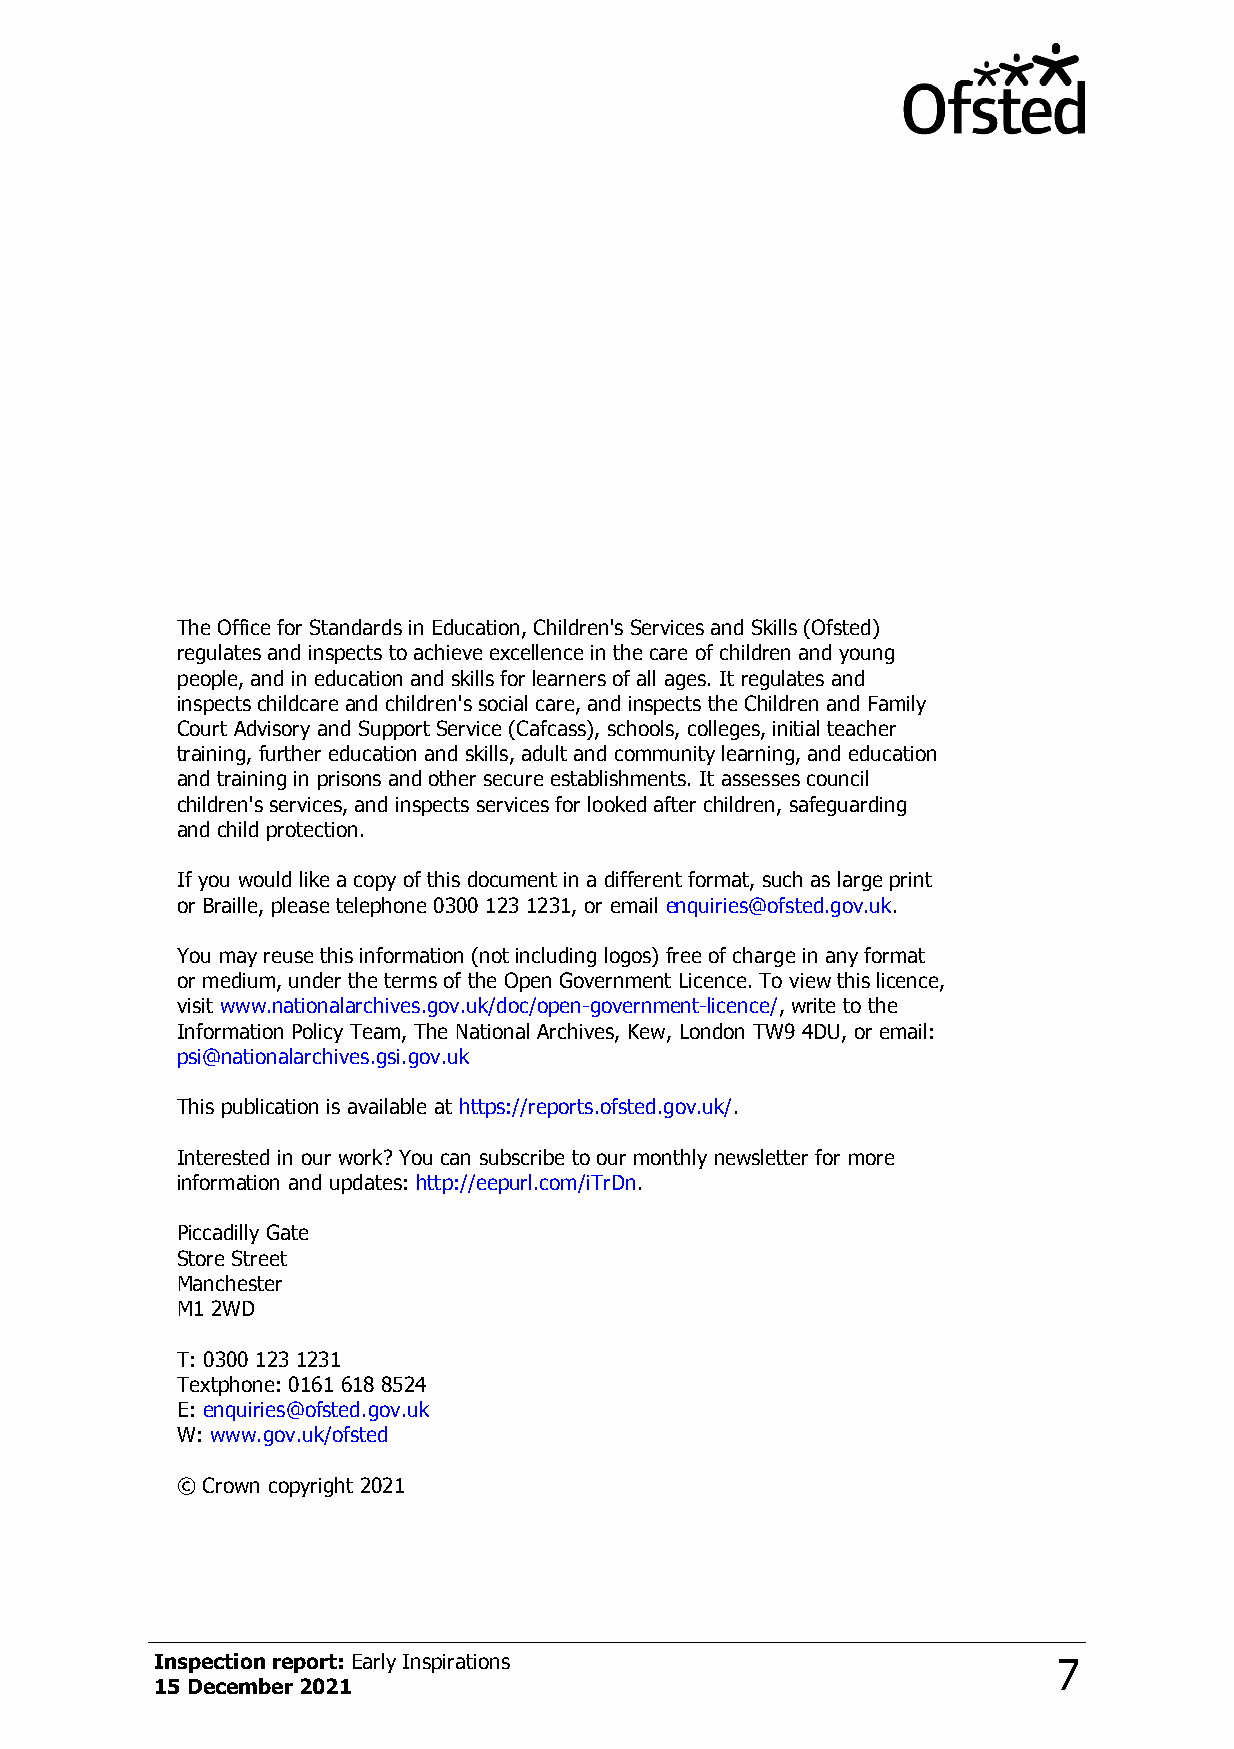
The Office for Standards in Education, Children's Services and Skills (Ofsted)
 regulates and inspects to achieve excellence in the care of children and young
 people, and in education and skills for learners of all ages. It regulates and
 inspects childcare and children's social care, and inspects the Children and Family
 Court Advisory and Support Service (Cafcass), schools, colleges, initial teacher
 training, further education and skills, adult and community learning, and education
 and training in prisons and other secure establishments. It assesses council
 children's services, and inspects services for looked after children, safeguarding
 and child protection.
 If you would like a copy of this document in a different format, such as large print
 or Braille, please telephone 0300 123 1231, or email enquiries@ofsted.gov.uk.
 You may reuse this information (not including logos) free of charge in any format
 or medium, under the terms of the Open Government Licence. To view this licence,
 visit www.nationalarchives.gov.uk/doc/open-government-licence/, write to the
 Information Policy Team, The National Archives, Kew, London TW9 4DU, or email:
 psi@nationalarchives.gsi.gov.uk
 This publication is available at https://reports.ofsted.gov.uk/.
 Interested in our work? You can subscribe to our monthly newsletter for more
 information and updates: http://eepurl.com/iTrDn.
 Piccadilly Gate
 Store Street
 Manchester
 M1 2WD
 T: 0300 123 1231
 Textphone: 0161 618 8524
 E: enquiries@ofsted.gov.uk
 W: www.gov.uk/ofsted
 © Crown copyright 2021
 Inspection report: Early Inspirations                       7
 15 December 2021